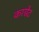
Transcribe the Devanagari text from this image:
काग्नेट